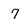
Character: 7